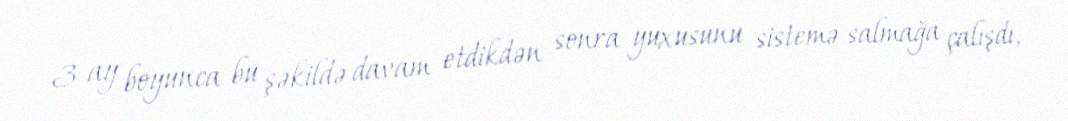
3 ay boyunca bu şəkildə davam etdikdən sonra yuxusunu sistemə salmağa çalışdı,